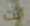
أنت